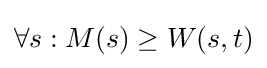
\forall s:M(s)\geq W(s,t)